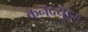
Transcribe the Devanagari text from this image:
कनदयुइत